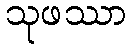
သုဖဿာ